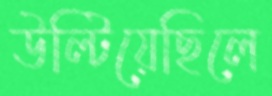
উল্‌টিয়েছিলে